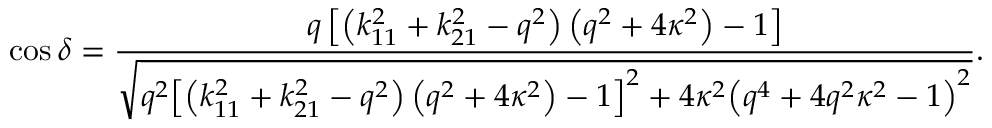
\cos \delta = \frac { { q \left[ { \left( { k _ { 1 1 } ^ { 2 } + k _ { 2 1 } ^ { 2 } - { q ^ { 2 } } } \right) \left( { { q ^ { 2 } } + 4 { \kappa ^ { 2 } } } \right) - 1 } \right] } } { { \sqrt { { q ^ { 2 } } { { \left[ { \left( { k _ { 1 1 } ^ { 2 } + k _ { 2 1 } ^ { 2 } - { q ^ { 2 } } } \right) \left( { { q ^ { 2 } } + 4 { \kappa ^ { 2 } } } \right) - 1 } \right] } ^ { 2 } } + 4 { \kappa ^ { 2 } } { { \left( { { q ^ { 4 } } + 4 { q ^ { 2 } } { \kappa ^ { 2 } } - 1 } \right) } ^ { 2 } } } } } .